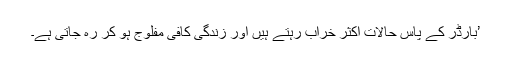
’بارڈر کے پاس حالات اکثر خراب رہتے ہیں اور زندگی کافی مفلوج ہو کر رہ جاتی ہے۔